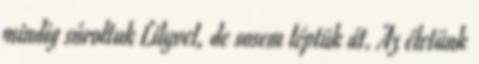
mindig súroltuk Lilyvel, de sosem léptük át. Az életünk